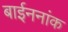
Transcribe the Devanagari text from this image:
बाईननांक